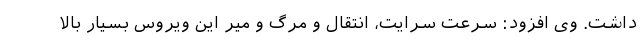
داشت. وی افزود: سرعت سرایت، انتقال و مرگ و میر این ویروس بسیار بالا